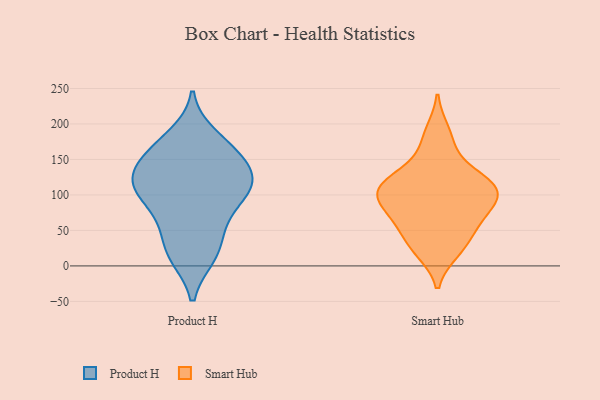
{"axis": {"x": "Gross Profit (USD K)", "y": "Value"}, "legend": ["Product H", "Smart Hub"], "data": [{"x": "", "y": 111, "type": "Product H"}, {"x": "", "y": 139, "type": "Product H"}, {"x": "", "y": 137, "type": "Product H"}, {"x": "", "y": 52, "type": "Product H"}, {"x": "", "y": 24, "type": "Product H"}, {"x": "", "y": 14, "type": "Product H"}, {"x": "", "y": 110, "type": "Product H"}, {"x": "", "y": 102, "type": "Product H"}, {"x": "", "y": 112, "type": "Product H"}, {"x": "", "y": 67, "type": "Product H"}, {"x": "", "y": 158, "type": "Product H"}, {"x": "", "y": 183, "type": "Product H"}, {"x": "", "y": 116, "type": "Product H"}, {"x": "", "y": 162, "type": "Product H"}, {"x": "", "y": 79, "type": "Product H"}, {"x": "", "y": 14, "type": "Product H"}, {"x": "", "y": 170, "type": "Product H"}, {"x": "", "y": 124, "type": "Product H"}, {"x": "", "y": 20, "type": "Smart Hub"}, {"x": "", "y": 121, "type": "Smart Hub"}, {"x": "", "y": 85, "type": "Smart Hub"}, {"x": "", "y": 23, "type": "Smart Hub"}, {"x": "", "y": 133, "type": "Smart Hub"}, {"x": "", "y": 168, "type": "Smart Hub"}, {"x": "", "y": 99, "type": "Smart Hub"}, {"x": "", "y": 72, "type": "Smart Hub"}, {"x": "", "y": 190, "type": "Smart Hub"}, {"x": "", "y": 56, "type": "Smart Hub"}, {"x": "", "y": 118, "type": "Smart Hub"}, {"x": "", "y": 104, "type": "Smart Hub"}, {"x": "", "y": 63, "type": "Smart Hub"}, {"x": "", "y": 98, "type": "Smart Hub"}, {"x": "", "y": 117, "type": "Smart Hub"}, {"x": "", "y": 98, "type": "Smart Hub"}, {"x": "", "y": 40, "type": "Smart Hub"}]}